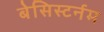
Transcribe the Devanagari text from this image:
बेसिस्टर्नम